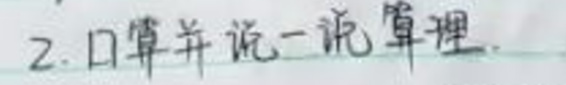
2.口算并说一说算理.